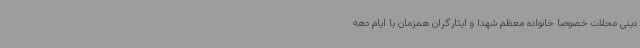
دینی محلات خصوصاً خانواده معظم شهدا و ایثارگران همزمان با ایام دهه